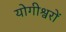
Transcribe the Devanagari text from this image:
योगीश्वरों